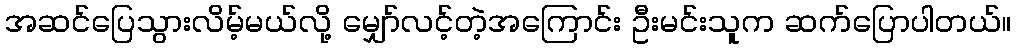
အဆင်ပြေသွားလိမ့်မယ်လို့ မျှော်လင့်တဲ့အကြောင်း ဦးမင်းသူက ဆက်ပြောပါတယ်။